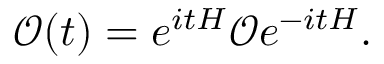
{ \mathcal { O } } ( t ) = e ^ { i t H } { \mathcal { O } } e ^ { - i t H } .